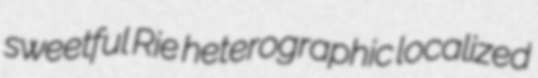
sweetful Rie heterographic localized